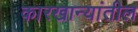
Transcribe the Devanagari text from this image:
कारखान्यांतील